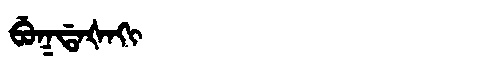
Manchu: ᠪᡠᡴᡩᠠᡧᠠᡴᡳ
Romanization: BUKDAŠAKI